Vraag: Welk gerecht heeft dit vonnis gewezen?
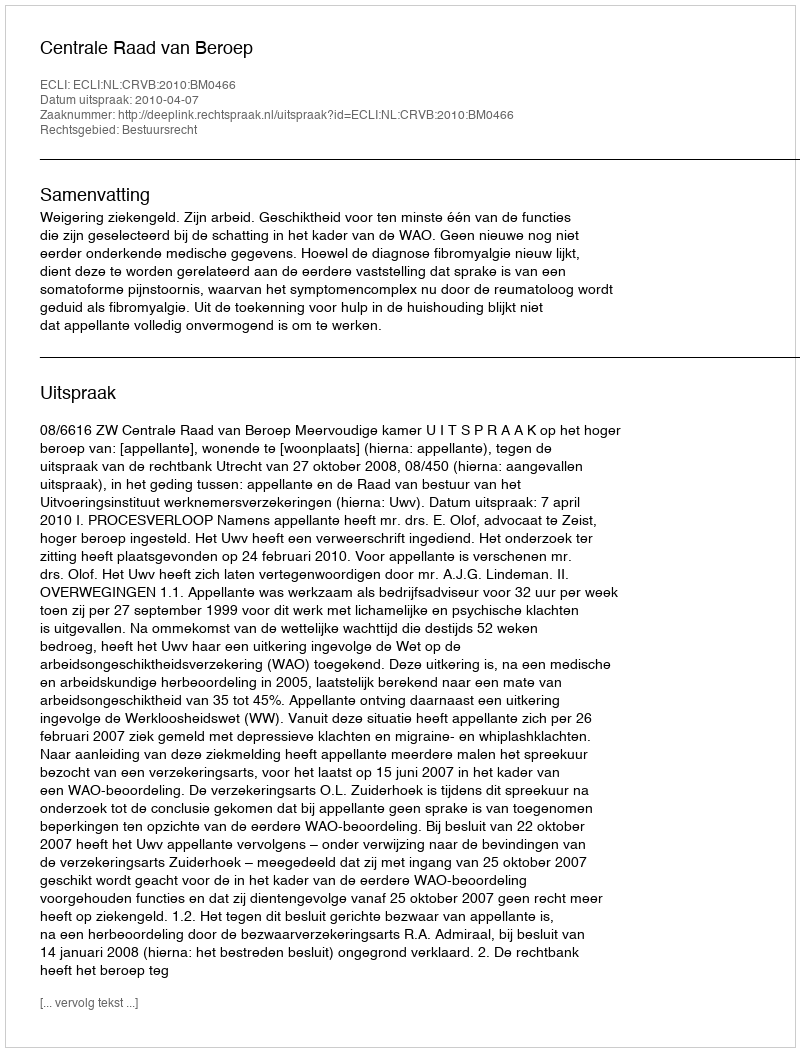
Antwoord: Centrale Raad van Beroep